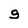
Character: g